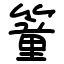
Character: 𥳘